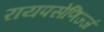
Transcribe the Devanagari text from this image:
रायपसेणिज्जं